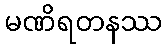
မဏိရတနဿ